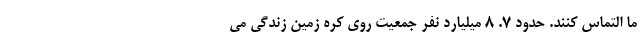
ما التماس کنند. حدود ۷. ۸ میلیارد نفر جمعیت روی کره زمین زندگی می